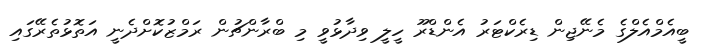
ބީއެމްއެލްގެ މެނޭޖިން ޑިރެކްޓަރު އެންޑްރޫ ހީލީ ވިދާޅުވީ މި ބްރާންޗުން ރަމްޒުކޮށްދެނީ އަތޮޅުތެރޭގައި